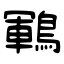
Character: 鶤